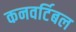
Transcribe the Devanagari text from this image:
कनवर्टिबल